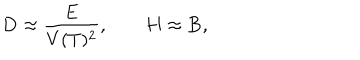
{ \bf D } \approx \frac { \bf E } { V ( T ) ^ { 2 } } , \qquad { \bf H } \approx { \bf B } ,